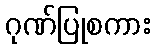
ဂုဏ်ပြုစကား